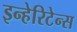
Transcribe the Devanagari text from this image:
इन्हेरिटेन्स